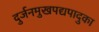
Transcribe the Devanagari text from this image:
दुर्जनमुखपद्यपादुका